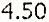
4.50